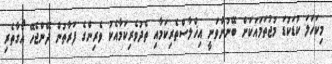
މިކަހަލަ ކުޑަކުޑަ މުޖުތަމައަކަށް ބޭނުންވަނީ އިޚްލާސްތެރިކަމާއި ތެދުވެރިކަމާއެކު ވެރިންގެ ފަރާތުން ދޭންޖެހޭ އޯގާތެރި